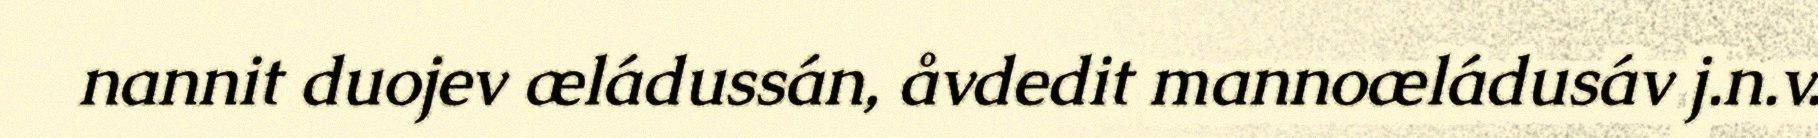
nannit duojev æládussán, åvdedit mannoæládusáv j.n.v.